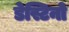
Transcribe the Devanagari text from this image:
डेस्टिनो